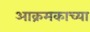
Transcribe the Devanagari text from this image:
आक्रमकाच्या